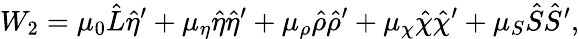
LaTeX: W_{2}=\mu_{0}\hat{L}\hat{\eta}^{\prime}+\mu_{\eta}\hat{\eta}\hat{\eta}^{\prime}+\mu_{\rho}\hat{\rho}\hat{\rho}^{\prime}+\mu_{\chi}\hat{\chi}\hat{\chi}^{\prime}+\mu_{S}\hat{S}\hat{S}^{\prime},